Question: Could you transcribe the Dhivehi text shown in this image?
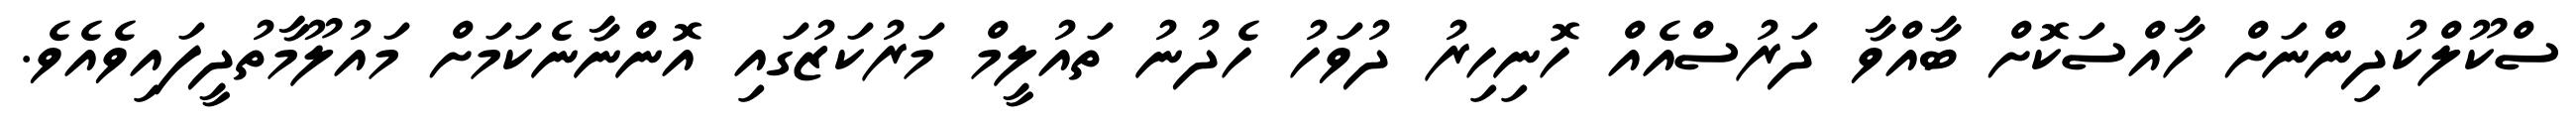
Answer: ސްކޫލްކުދިންނަށް ހާއްސަކޮށް ބާއްވާ ދަރުސްއެއް ހޮނިހިރު ދުވަހު ހެދުނު ތައުލީމް މަރުކަޒުގައި އޮންނާނެކަމަށް މައުލޫމާތުދީފައިވެއެވެ.